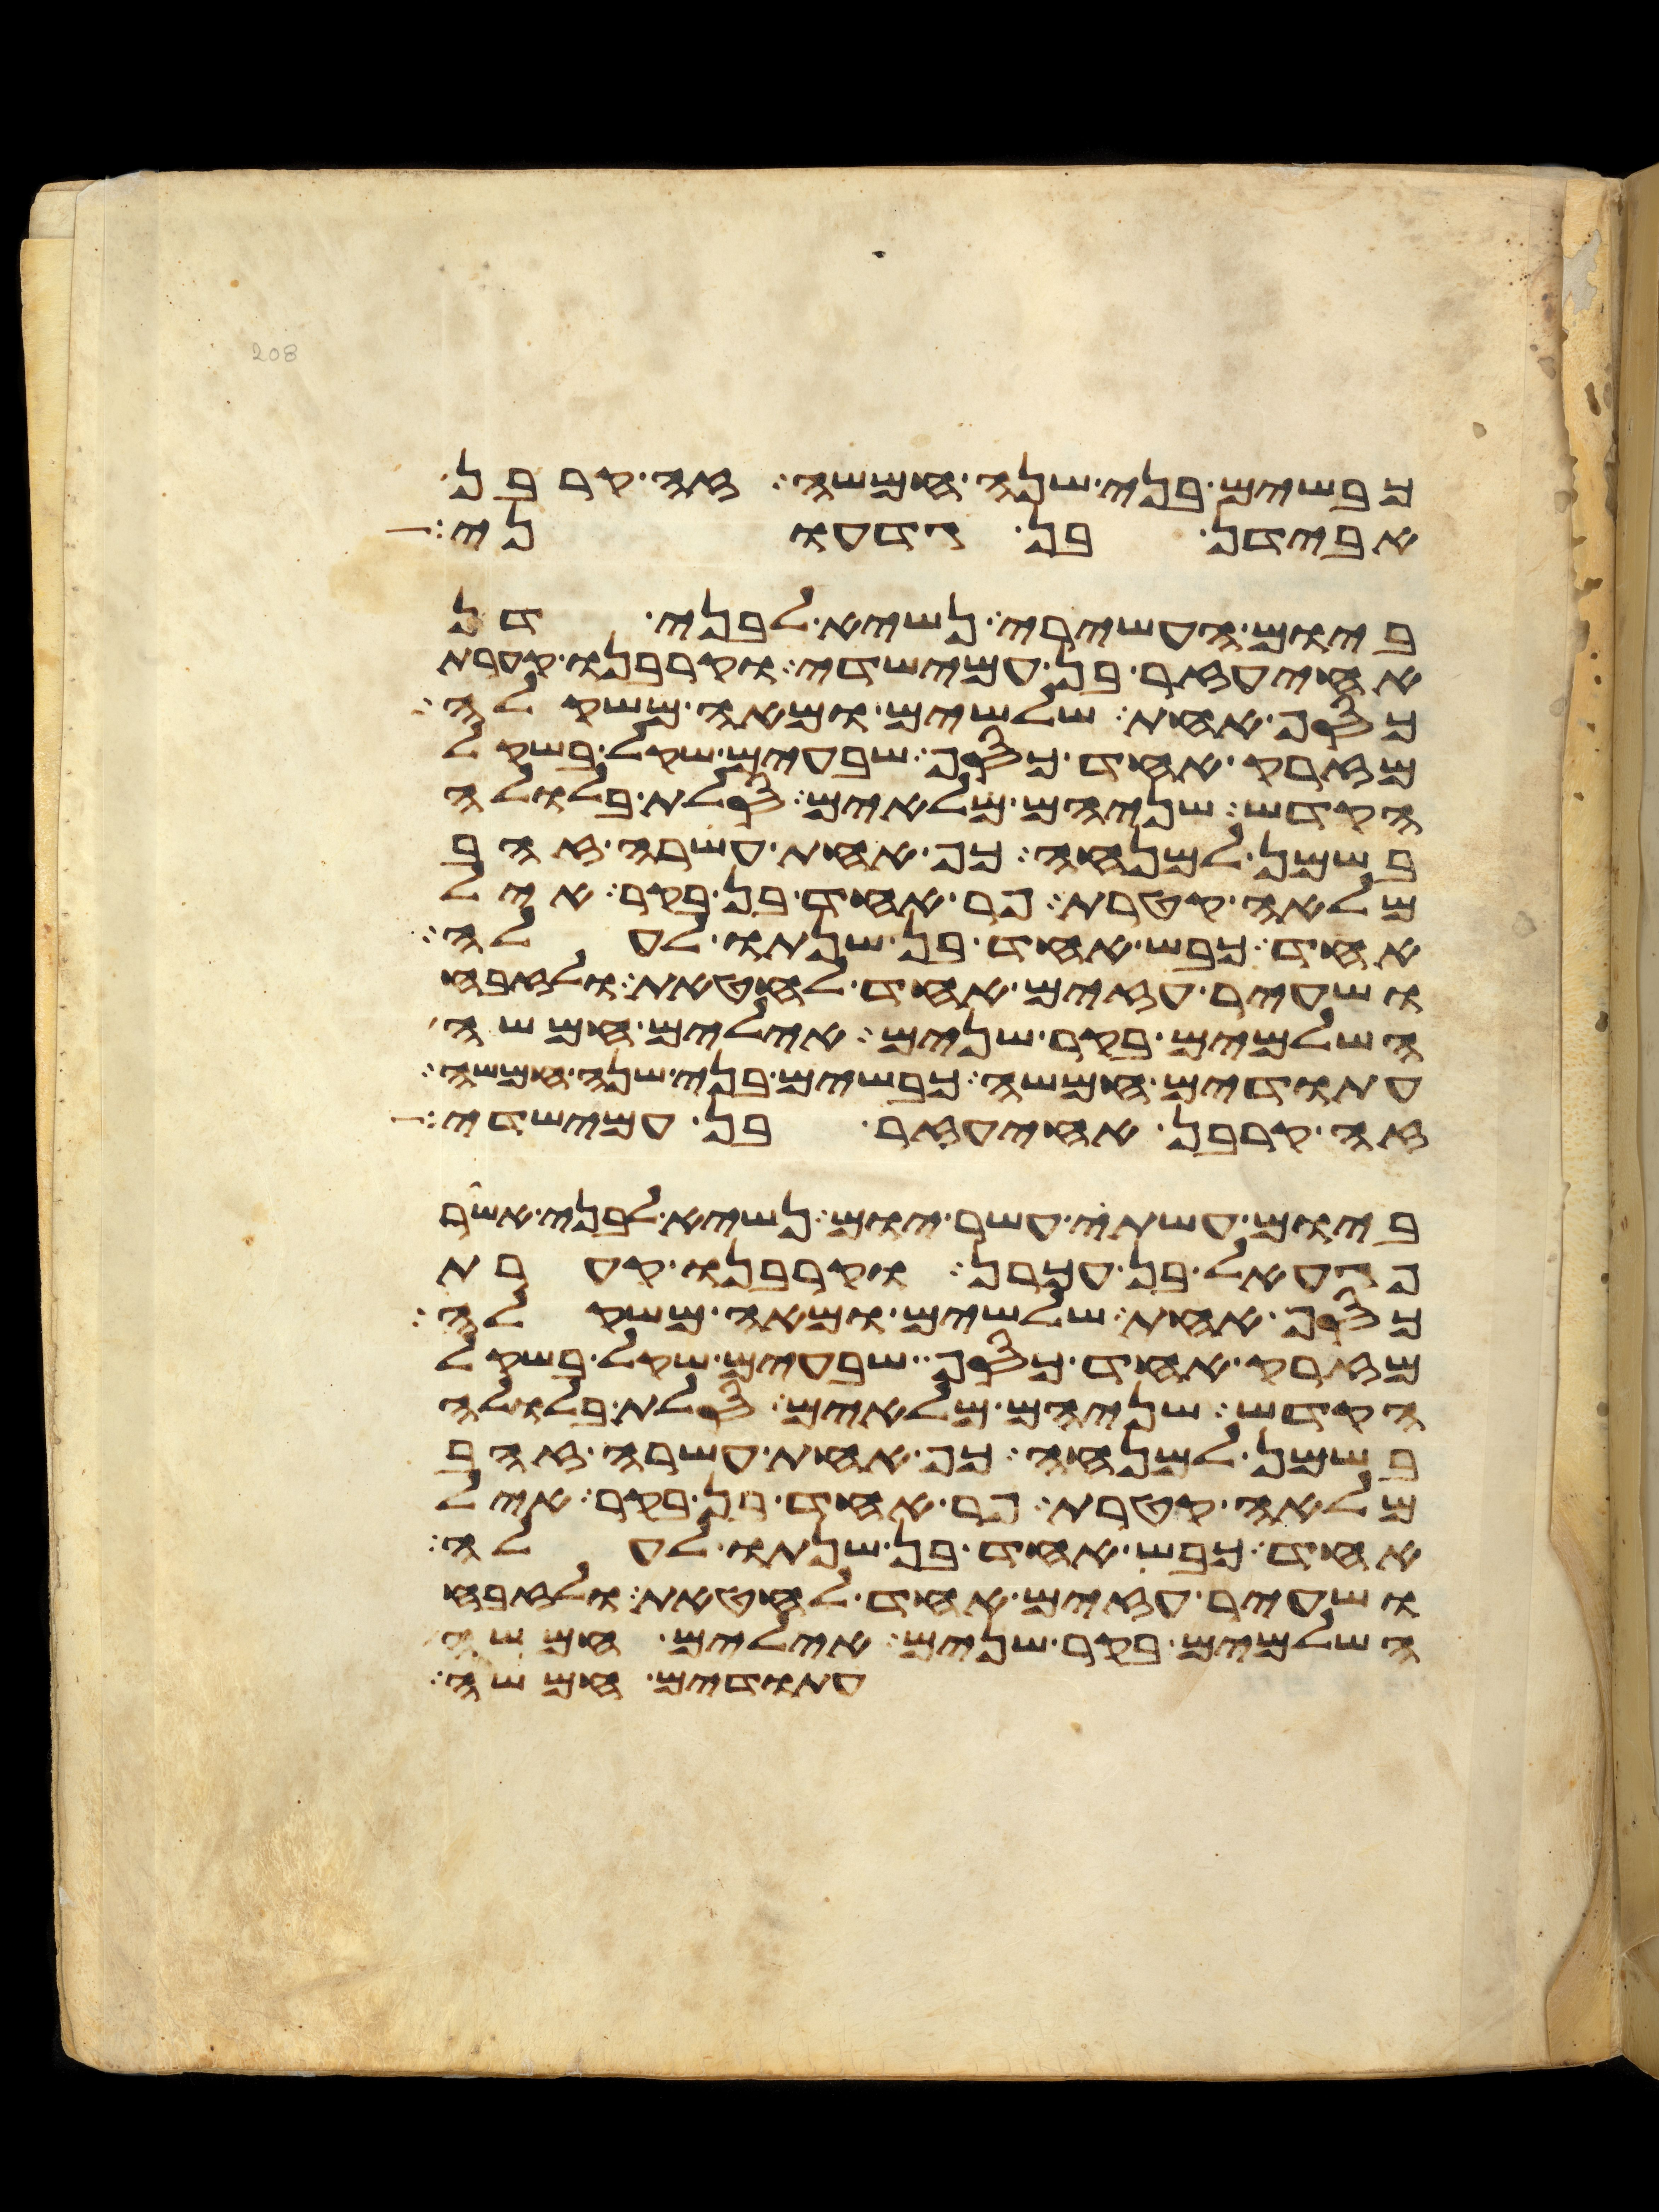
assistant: כבשים בני שנה חמשה זה קרבן
אבידן בן גדעוני
ביום העשירי נשיא לבני דן
אחיעזר בן עמישדי וקרבנו קערת
כסף אחת שלשים ומאה משקלה
מזרק אחד כסף שבעים שקל בשקל
הקדש שניהם מלאים סלת בלולה
בשמן למנחה כף אחת עשרה זהב
מלאה קטרת פר אחד בן בקר איל
אחד כבש אחד בן שנתו לעלה
ושעיר עזים אחד לחטאת ולזבח
השלמים בקר שנים אילים חמשה
עתודים חמשה כבשים בני שנה חמשה
זה קרבן אחיעזר בן עמישדי
ביום עשתי עשר יום נשיא לבני אשר
פגעאל בן עכרן וקרבנו קערת
כסף אחת שלשים ומאה משקלה
מזרק אחד כסף שבעים שקל בשקל
הקדש שניהם מלאים סלת בלולה
בשמן למנחה כף אחת עשרה זהב
מלאה קטרת פר אחד בן בקר איל
אחד כבש אחד בן שנתו לעלה
ושעיר עזים אחד לחטאת ולזבח
השלמים בקר שנים אילים חמשה
עתודים חמשה